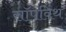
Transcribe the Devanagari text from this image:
सॉपविथ